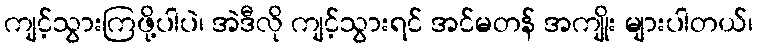
ကျင့်သွားကြဖို့ပါပဲ၊ အဲဒီလို ကျင့်သွားရင် အင်မတန် အကျိုး များပါတယ်၊